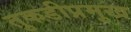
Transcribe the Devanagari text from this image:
तुकडीप्रमुख